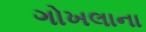
ગોખલાના